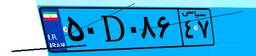
۶۱D۱۴۵۵۸